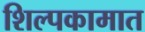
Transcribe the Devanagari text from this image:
शिल्पकामात